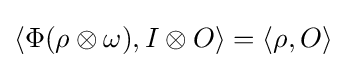
\langle \Phi (\rho \otimes \omega ),I\otimes O\rangle =\langle \rho ,O\rangle